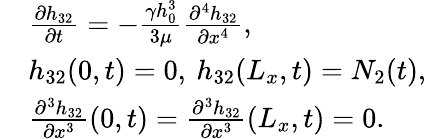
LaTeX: \begin{array}{rl}&{\frac{\partial h_{32}}{\partial t}=-\frac{\gamma h_{0}^{3}}{3\mu}\frac{\partial^{4}h_{32}}{\partial x^{4}},}\\ &{h_{32}(0,t)=0,\: h_{32}(L_{x},t)=N_{2}(t),}\\ &{\frac{\partial^{3}h_{32}}{\partial x^{3}}(0,t)=\frac{\partial^{3}h_{32}}{\partial x^{3}}(L_{x},t)=0.}\end{array}